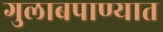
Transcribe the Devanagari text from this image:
गुलाबपाण्यात